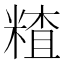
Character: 𥻗